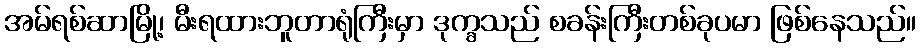
အမ်ရစ်ဆာမြို့၊ မီးရထားဘူတာရုံကြီးမှာ ဒုက္ခသည် စခန်းကြီးတစ်ခုပမာ ဖြစ်နေသည်။